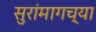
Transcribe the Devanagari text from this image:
सुरांमागच्या